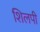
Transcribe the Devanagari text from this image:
शिलपी